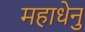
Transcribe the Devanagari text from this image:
महाधेनु